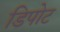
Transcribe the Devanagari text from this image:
डिपोट